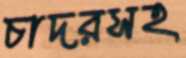
চাদরসহ